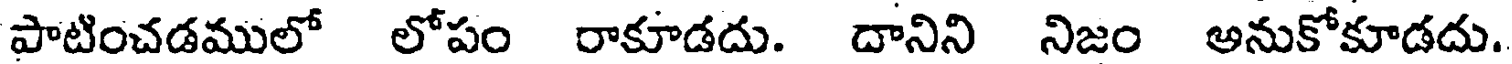
పాటించడములో లోపం రాకూడదు. దానిని నిజం అనుకోకూడదు.